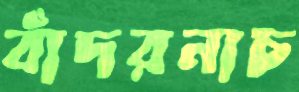
বাঁদরনাচ